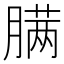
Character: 𰯎